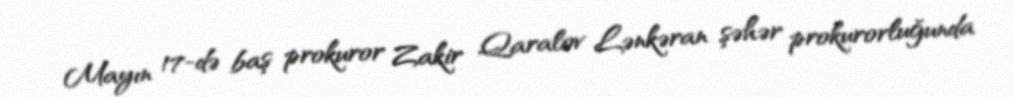
Mayın 17-də baş prokuror Zakir Qaralov Lənkəran şəhər prokurorluğunda